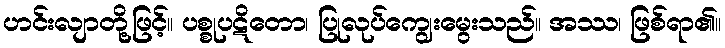
ဟင်းလျာတို့ဖြင့်။ ပစ္စုပဋိတော၊ ပြုလုပ်ကျွေးမွေးသည်။ အဿ၊ ဖြစ်ရာ၏။